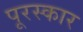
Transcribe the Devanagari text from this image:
पूरस्कार